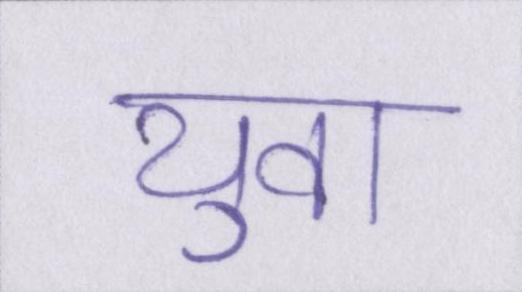
युवा